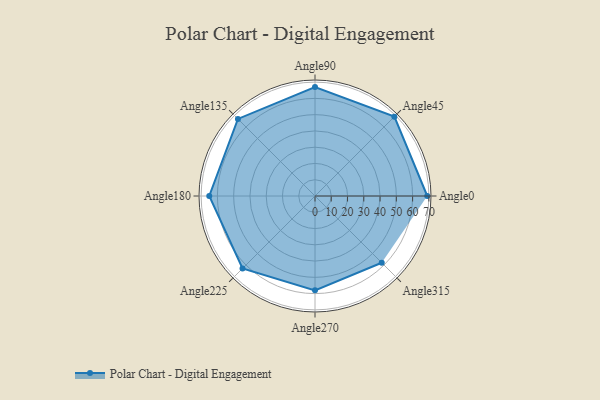
{"axis": {"x": "Angle", "y": "Radius"}, "legend": [""], "data": [{"x": "Angle0", "y": 69.0, "type": ""}, {"x": "Angle45", "y": 69.0, "type": ""}, {"x": "Angle90", "y": 67.0, "type": ""}, {"x": "Angle135", "y": 67.0, "type": ""}, {"x": "Angle180", "y": 65.0, "type": ""}, {"x": "Angle225", "y": 63.0, "type": ""}, {"x": "Angle270", "y": 58.0, "type": ""}, {"x": "Angle315", "y": 58.0, "type": ""}]}